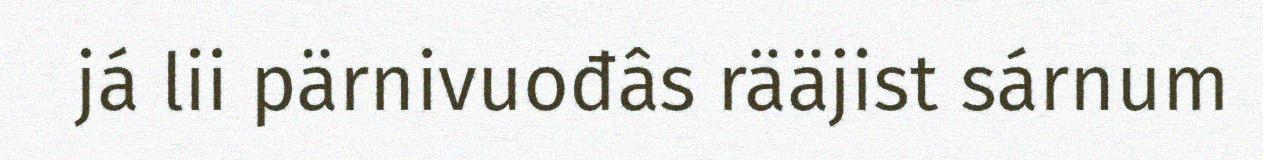
já lii pärnivuođâs rääjist sárnum